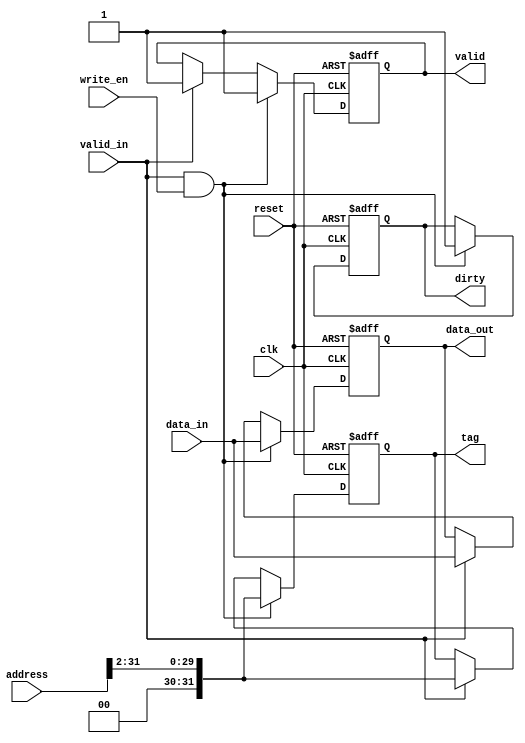
module cache_line (
    input wire clk,
    input wire reset,
    input wire [31:0] address,
    input wire [127:0] data_in,
    input wire valid_in,
    input wire write_en,
    output reg valid,
    output reg dirty,
    output reg [31:0] tag,
    output reg [127:0] data_out
);

    always @(posedge clk or posedge reset) begin
        if (reset) begin
            valid <= 0;
            dirty <= 0;
            tag <= 0;
            data_out <= 0;
        end else begin
            if (valid_in && write_en) begin
                valid <= 1;
                dirty <= 1; // If writing, set dirty bit
                tag <= address[31:2]; // Simple tagging (top bits of address)
                data_out <= data_in; // Write data into cache line
            end
            else if (valid_in) begin
                valid <= 1;
                tag <= address[31:2];
                data_out <= data_in; // Update data
            end
        end
    end

endmodule